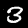
Digit: 3